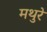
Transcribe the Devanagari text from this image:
मथुरे